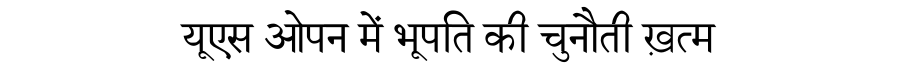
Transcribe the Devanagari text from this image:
यूएस ओपन में भूपति की चुनौती ख़त्म